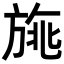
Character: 𣃿